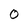
Character: 0